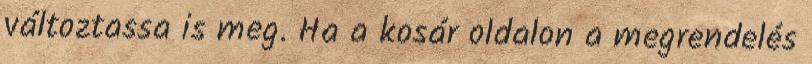
változtassa is meg. Ha a kosár oldalon a megrendelés